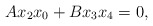
\begin{align*}Ax_2x_0+Bx_3x_4=0,\end{align*}